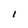
Character: I